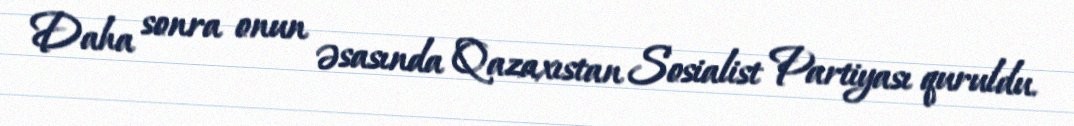
Daha sonra onun əsasında Qazaxıstan Sosialist Partiyası quruldu.